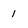
Character: 1